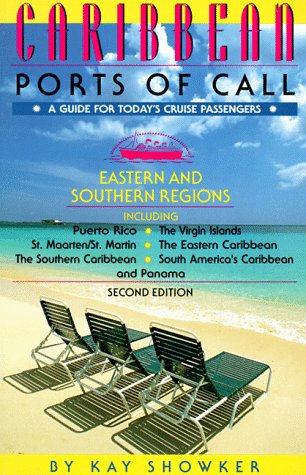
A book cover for Caribbean Ports of Call: Eastern and Southern Regions : From Puerto Rico to Aruba Including the Panama Canal (2nd ed); Kay Showker; Travel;